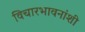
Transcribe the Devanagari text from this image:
विचारभावनांशी